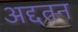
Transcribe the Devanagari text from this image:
अद्दतन